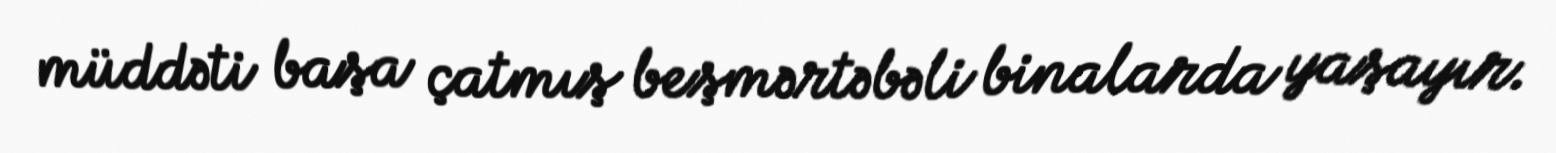
müddəti başa çatmış beşmərtəbəli binalarda yaşayır.